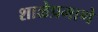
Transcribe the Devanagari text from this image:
शाळेप्रमाणे